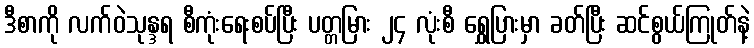
ဒီစာကို လက်ဝဲသုန္ဒရ စီကုံးရေးစပ်ပြီး ပတ္တမြား ၂၄ လုံးစီ ရွှေပြားမှာ ခတ်ပြီး ဆင်စွယ်ကြုတ်နဲ့